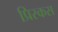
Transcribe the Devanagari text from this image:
प्रिस्कस